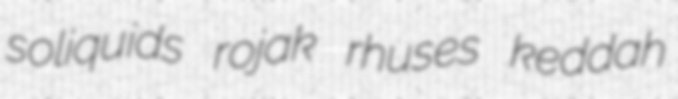
soliquids rojak rhuses keddah